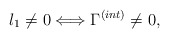
\begin{align*}l_1 \not= 0 \Longleftrightarrow \Gamma^{(int)} \not= 0, \end{align*}